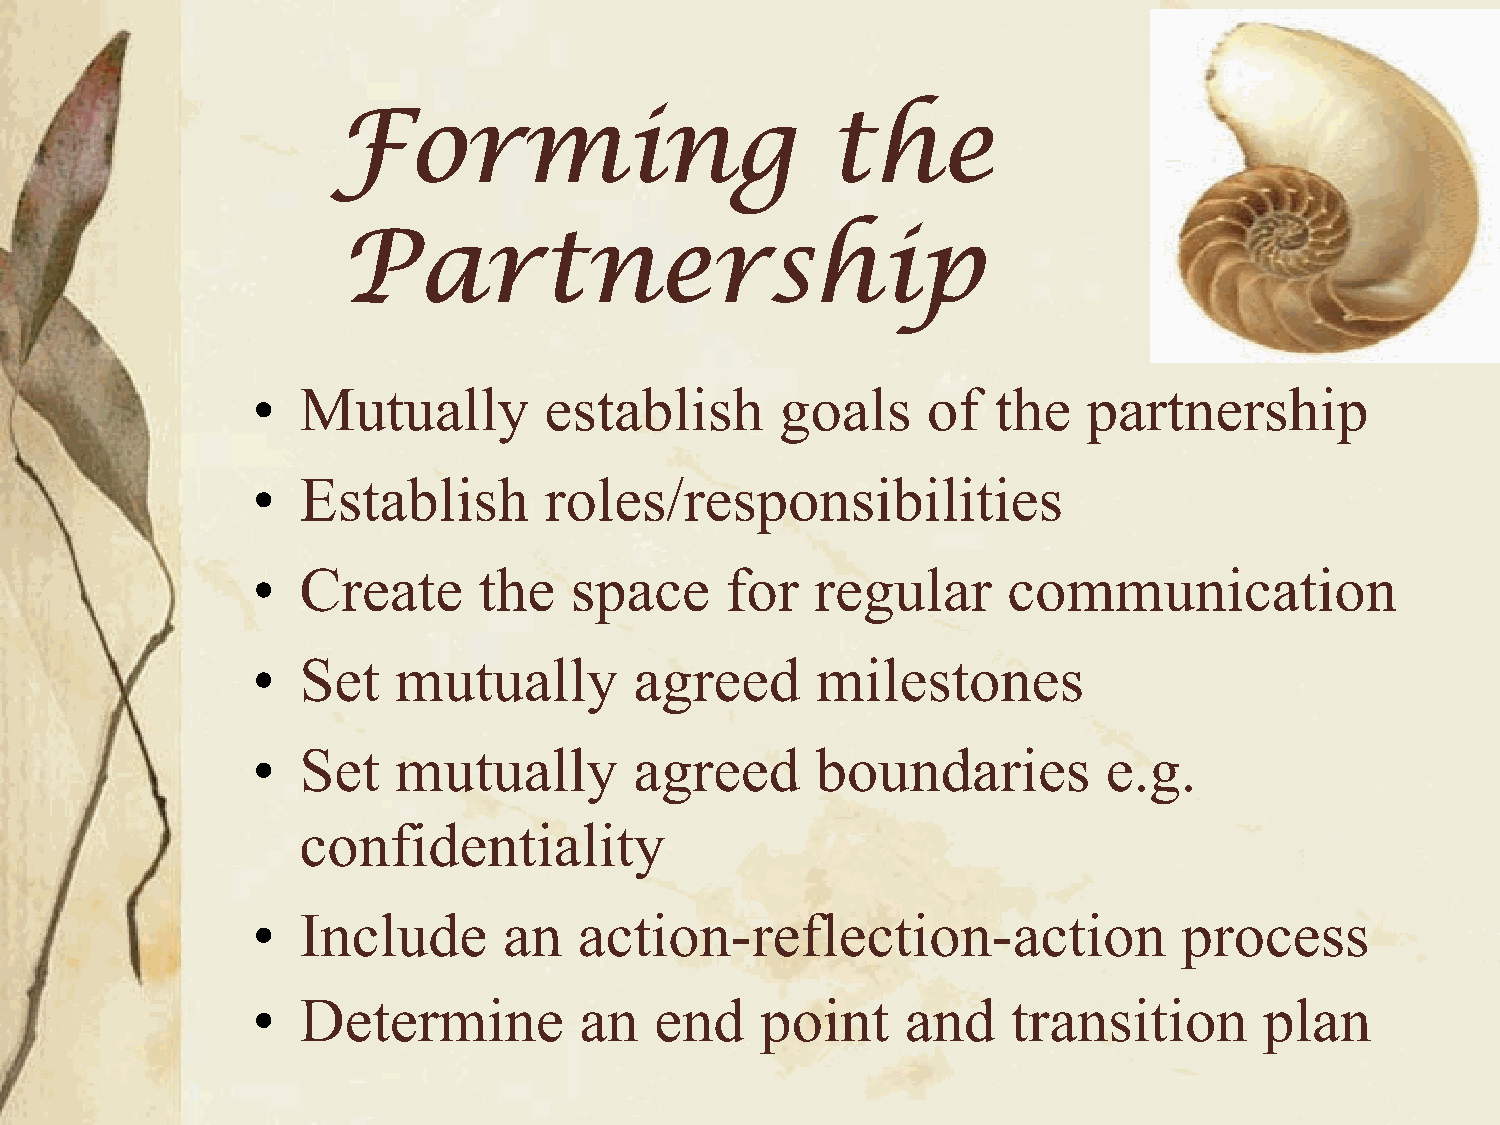
Forming                          the
 Partnership
 •  Mutually        establish       goals    of   the   partnership
 •  Establish       roles/responsibilities
 •  Create      the   space     for   regular      communication
 •  Set   mutually        agreed      milestones
 •  Set   mutually        agreed      boundaries         e.g.
 confidentiality
 •  Include      an   action-reflection-action                process
 •  Determine         an   end    point     and    transition       plan